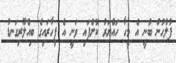
ފުލުހުން ބުނީ އެ މީހާ ހައްޔަރު ކޮށްފައި ވަނީ އެ ފިހާރައިގެ ބިއްލޫރިގަނޑު